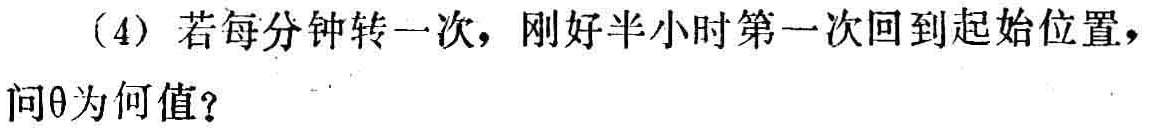
(4) 若每分钟转一次，刚好半小时第一次回到起始位置，问\(\theta\)为何值？